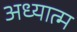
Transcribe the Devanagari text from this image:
अध्यात्‍म